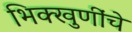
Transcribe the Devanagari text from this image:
भिक्खुणींचे